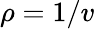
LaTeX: \rho=1/v